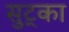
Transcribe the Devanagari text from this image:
सुट्का